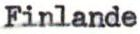
Finlande